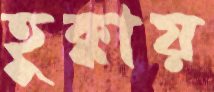
হুক্কায়